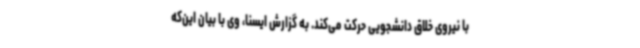
با نیروی خلاق دانشجویی حرکت می‌کند. به گزارش ایسنا، وی با بیان این‌که